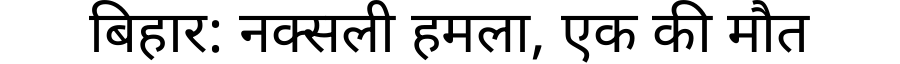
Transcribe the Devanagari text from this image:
बिहार: नक्सली हमला, एक की मौत